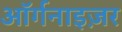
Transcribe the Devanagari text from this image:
ऑर्गनाइज़र